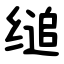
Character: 缒